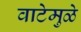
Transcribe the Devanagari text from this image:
वाटेमुळे